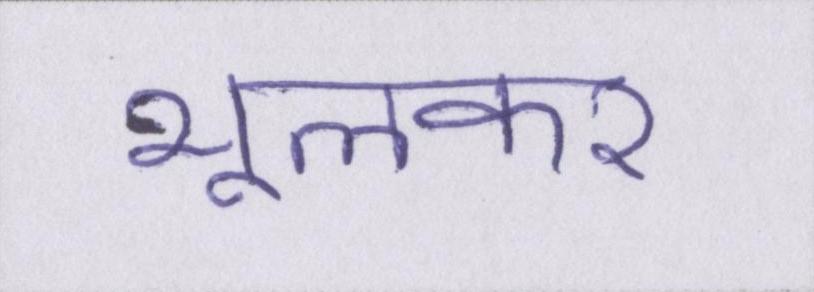
भूलकर